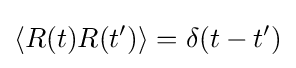
\left\langle R(t)R(t')\right\rangle =\delta (t-t')